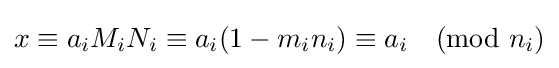
x\equiv a_{i}M_{i}N_{i}\equiv a_{i}(1-m_{i}n_{i})\equiv a_{i}{\pmod {n_{i}}}